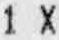
1 X